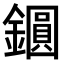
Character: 𨭦